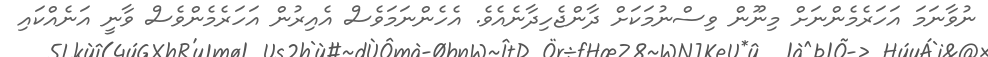
ނުވާނަމަ އަހަރެމެންނަށް މިނޫން ވިސްނުމަކަށް ދާންޖެހިދާނެއެވެ. އެހެންނަމަވެސް އެއިރުން އަހަރެމެންވެސް ވާނީ އަނެއްކައި